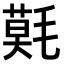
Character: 𣯳